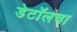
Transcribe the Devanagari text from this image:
डेटॉलचा